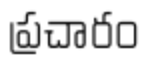
ప్రచారం